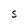
Character: S